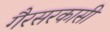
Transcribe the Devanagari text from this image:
गैरसरकासी